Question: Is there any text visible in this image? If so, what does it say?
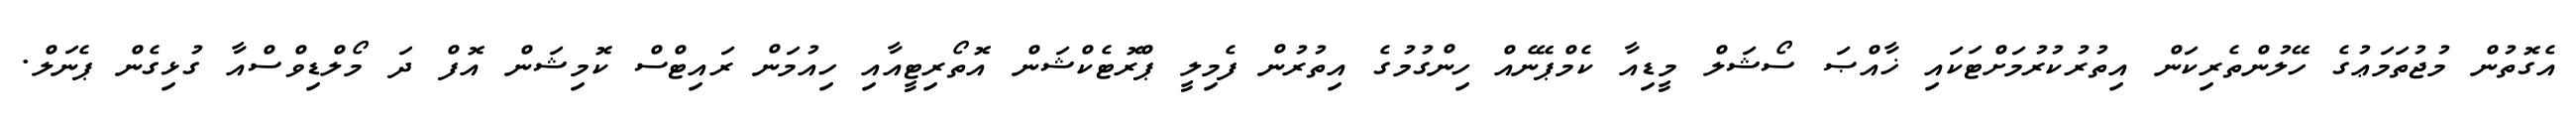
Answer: އެގޮތުން މުޖުތަމަޢުގެ ހޭލުންތެރިކަން އިތުރުކުރުމަށްޓަކައި ޚާއްޞަ ސޯޝަލް މީޑިއާ ކެމްޕޭނެއް ހިންގުމުގެ އިތުރުން ފެމިލީ ޕްރޮޓެކްޝަން އޮތޯރިޓީއާއި ހިއުމަން ރައިޓްސް ކޮމިޝަން އޮފް ދަ މޯލްޑިވްސްއާ ގުޅިގެން ޕެނަލް.